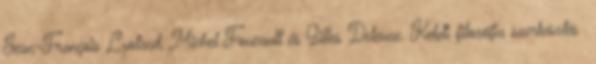
Jean-François Lyotard, Michel Foucault és Gilles Deleuze. Keleti filozófia szerkesztés